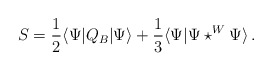
\begin{align*}S={\frac{1}{2}}\langle \Psi |Q_{B}|\Psi \rangle +{\frac{1}{3}}\langle \Psi|\Psi \star ^{W}\Psi \rangle\, . \end{align*}